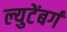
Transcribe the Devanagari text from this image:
ल्युटेंबर्ग